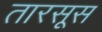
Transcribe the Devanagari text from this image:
तारसूस